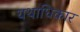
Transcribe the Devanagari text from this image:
यथाधिकार